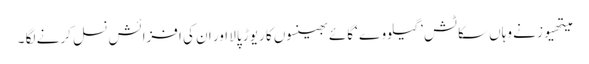
میتھیوز نے وہاں سکاٹش ’گیلووے ‘گائے بھینسوں کا ریوڑ پالا اور ان کی افزائش نسل کرنے لگا ۔